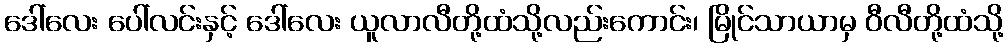
ဒေါ်လေး ပေါ်လင်းနှင့် ဒေါ်လေး ယူလာလီတို့ထံသို့လည်းကောင်း၊ မြိုင်သာယာမှ ဝီလီတို့ထံသို့